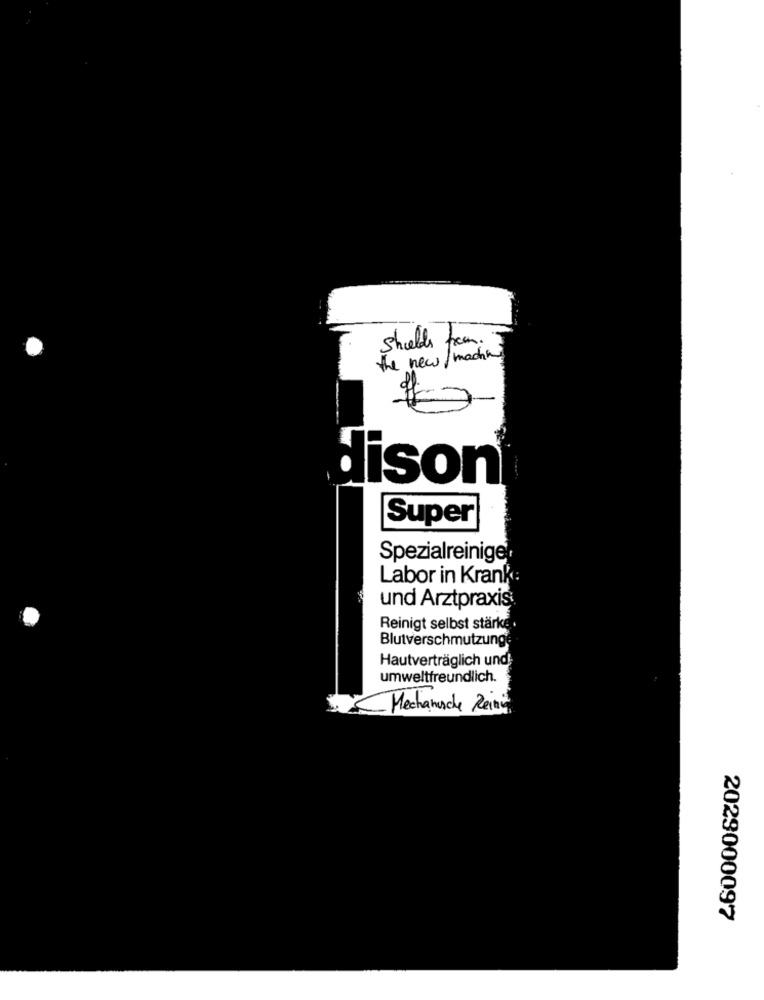
Shields from:
the new/ machin
ison
Super
Spezialreinige
Labor in Krank:
und Arztpraxis
Reinigt selbst stärke
Blutverschmutzunge
Hautverträglich und
umweltfreundlich.
Mechanische Reine
2029000097